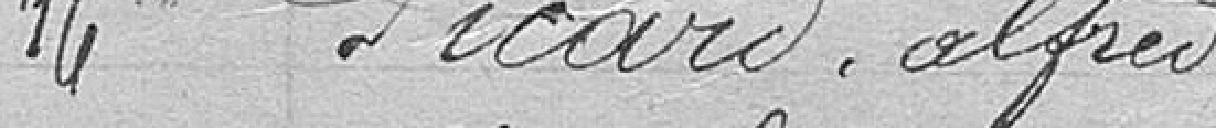
16. Picard, Alfred